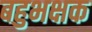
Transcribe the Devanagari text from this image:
बहुभक्षक